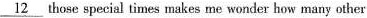
\underline{12} those special times makes me wonder how many other